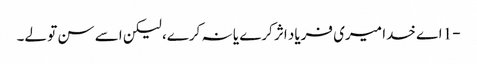
-1 اے خدا میری فریاد اثر کرے یا نہ کرے، لیکن اسے سن تو لے۔